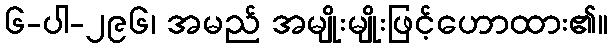
၆-ပါ-၂၉၆၊ အမည် အမျိုးမျိုးဖြင့်ဟောထား၏။